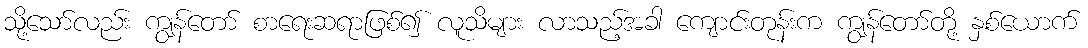
သို့သော်လည်း ကျွန်တော် စာရေးဆရာဖြစ်၍ လူသိများ လာသည့်အခါ ကျောင်းတုန်းက ကျွန်တော်တို့ နှစ်ယောက်